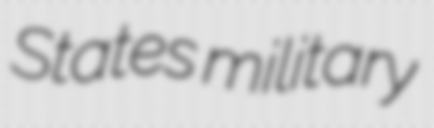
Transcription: States military